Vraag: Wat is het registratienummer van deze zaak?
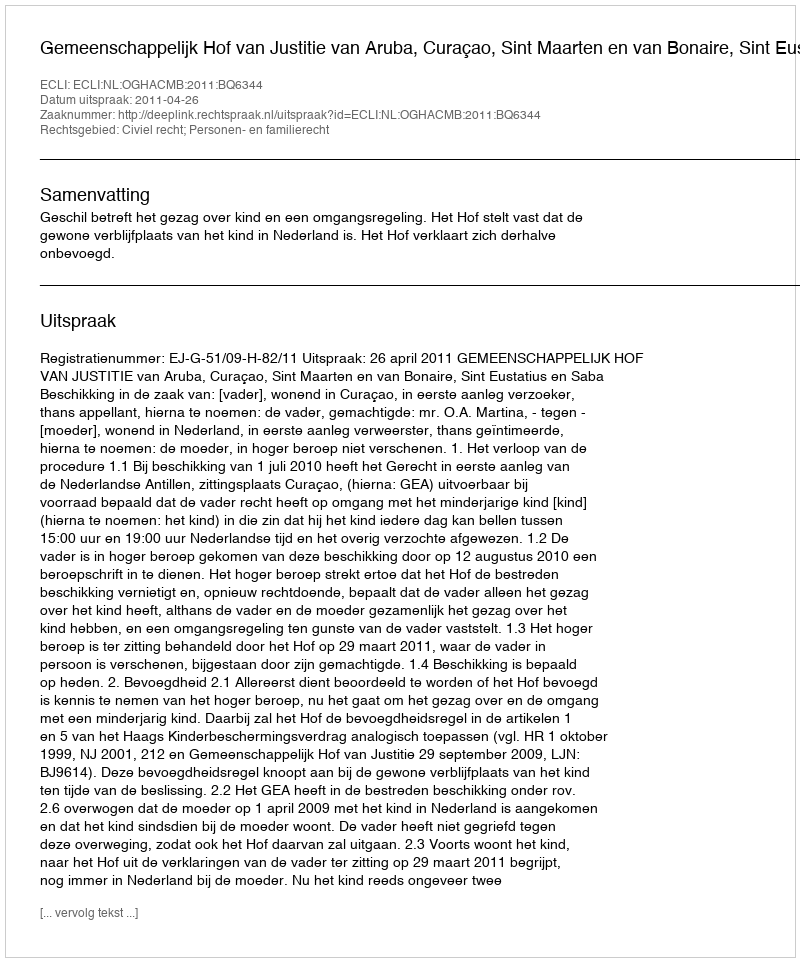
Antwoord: http://deeplink.rechtspraak.nl/uitspraak?id=ECLI:NL:OGHACMB:2011:BQ6344